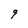
Character: 9